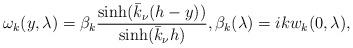
LaTeX: \begin{align*} \omega_k(y,\lambda) = \beta_k \frac{\sinh (\bar k_{\nu}(h-y))}{\sinh(\bar k_{\nu} h)}, \beta_k(\lambda)= ik w_k(0, \lambda) ,\end{align*}